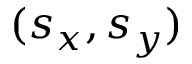
( s _ { x } , s _ { y } )